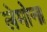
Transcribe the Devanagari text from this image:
लेमोना